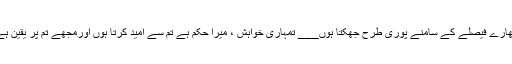
تمھارے فیصلے کے سامنے پوری طرح جھکتا ہوں___ تمہاری خواہش ، میرا حکم ہے تم سے امید کرتا ہوں اورمجھے تم پر یقین ہے ۔